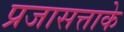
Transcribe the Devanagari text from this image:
प्रजासत्ताके